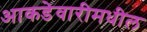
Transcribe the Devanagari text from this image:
आकडेवारीमधील